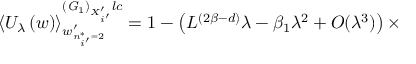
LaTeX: \left\langle U _ { \lambda } \left( w \right) \right\rangle _ { w _ { n _ { i ^ { \prime } } ^ { * } = 2 } ^ { \prime } } ^ { \left( { \it G } _ { 1 } \right) _ { X _ { i ^ { \prime } } ^ { \prime } } l c } = 1 - \left( L ^ { ( 2 \beta - d ) } \lambda - \beta _ { 1 } \lambda ^ { 2 } + O ( \lambda ^ { 3 } ) \right) \times